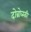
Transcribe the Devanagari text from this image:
दोब्रोव्स्की